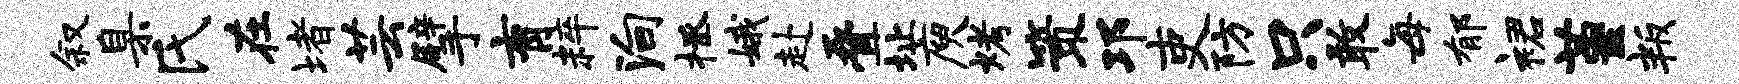
叙臬氏在堵芸擘育粹殉拯娥赴叠址庾烤策邛吏防只敢每郁裙堇叛